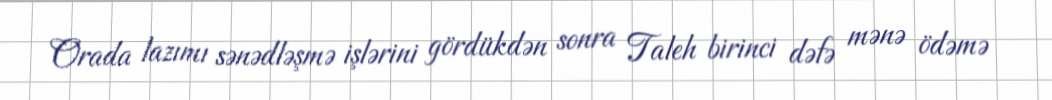
Orada lazımı sənədləşmə işlərini gördükdən sonra Taleh birinci dəfə mənə ödəmə